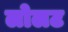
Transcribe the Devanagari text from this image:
लोलट